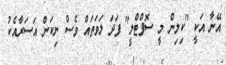
އޭނާ އަކީ "ކިލިން މީ ސޮފްޓްލީ" ފަދަ ލަވަތައް ވެސް ނިކަން އަސަރާއެކު